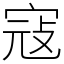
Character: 寇